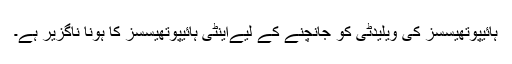
ہائیپوتھیسسز کی ویلیدٹی کو جانچنے کے لیےاینٹی ہائیپوتھیسسز کا ہونا ناگزیر ہے۔